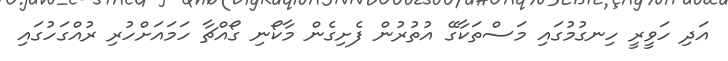
އަދި ހަވީރީ ހިނގުމުގައި މަސްތަކާގޭ އުތުރުން ފެށިގެން މާކޯނި ގޯއްޗާ ހަމައަށްހުރި ރުއްގަހުގައި